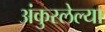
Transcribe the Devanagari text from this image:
अंकुरलेल्या